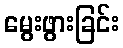
မွေးဖွားခြင်း